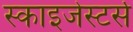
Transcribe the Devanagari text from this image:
स्काइजेस्टर्स